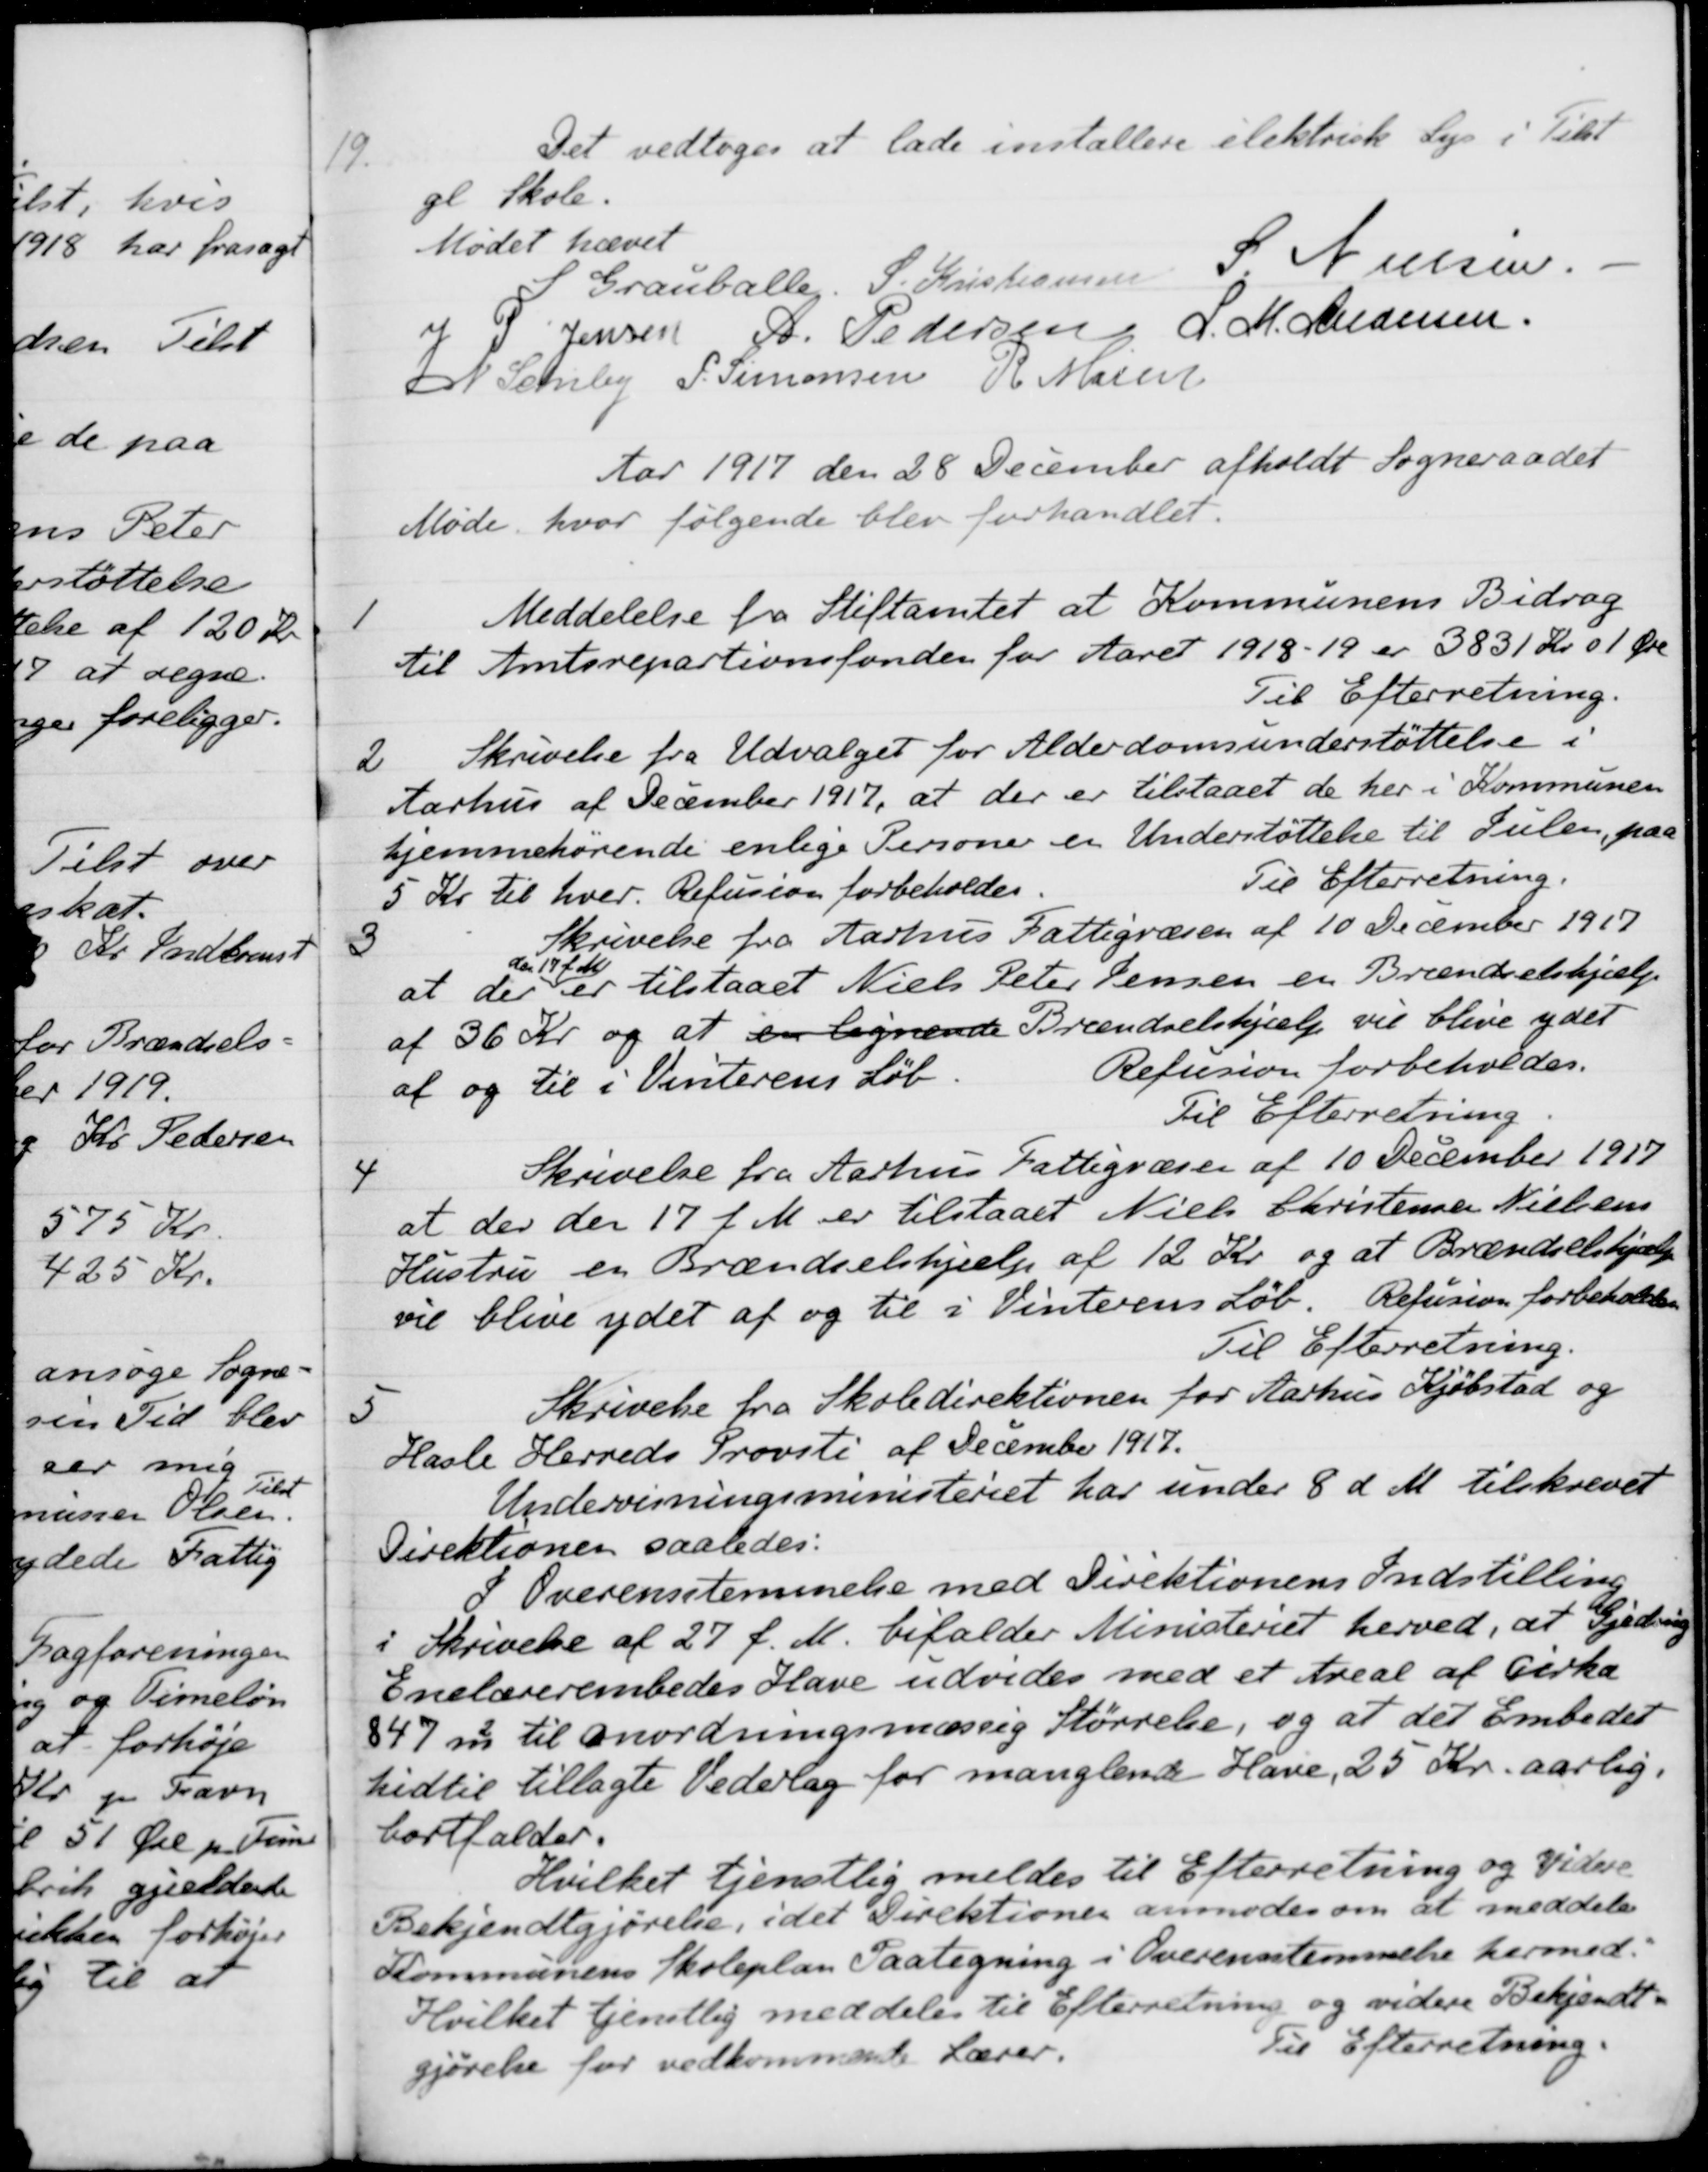
Transskription:
19.
Det vedtoges at lade installere elektrisk Lys i Tilst
gl Skole.
Mødet hævet
S Grauballe
S. Kristiansen
S. Nielsen.
J P. Jensen
A. Pedersen
L. M. Andersen
N Schiby
S. Simonsen
R Møller
Aar 1917 den 28 December afholdt Sogneraadet
Møde, hvor følgende blev forhandlet.
1
Meddelelse fra Stiftamtet at Kommunens Bidrag
til Amtsrepartionsfonden for Aaret 1918-19 er 3831 Kr 01 Øre
Til Efterretning.
2
Skrivelse fra Udvalget for Alderdomsunderstøttelse i
Aarhus af December 1917, at der er tilstaaet de her i Kommunen
hjemmehørende enlige Personer er Understøttelse til Julen, paa
5 Kr til hver. Refusion forbeholdes.
Til Efterretning.
3
Skrivelse fra Aarhus Fattigvæsen af 10 December 1917
at der
den 17 f.M.
er tilstaaet Niels Peter Jensen en Brændselshjælp
af 36 Kr. og at en lignende Brændselshjælp vil blive ydet
af og til i Vinterens Løb.
Refusion forbeholdes.
Til Efterretning.
4
Skrivelse fra Aarhus Fattigvæsen af 10 December 1917
at der den 17 f. M. er tilstaaet Niels Christensen Nielsens
Hustru en Brændselshjælp af 12 Kr. og at Brændselshjælp
vil blive ydet af og til i Vinterens Løb. Refusion forbeholdes
Til Efterretning.
5
Skrivelse fra Skoledirektionen for Aarhus Kjøbstad og
Hasle Herreds Provsti af December 1917.
Undervisningsministeriet har under 8 d. M. tilskrevet
Direktionen saaledes:
Overensstemmelse med Direktionens Indstilling
i Skrivelse af 27 f. M. bifalder Ministeriet herved, at Gjedning
Enelærerembedes Have udvides med et Areal af Cirka
847 m2 til anordningsmæssig Størrelse, og at det Embedet
hidtil tillagte Vederlag for manglende Have, 25 Kr. aarlig.
bortfalder.
Hvilket tjenstlig meldes til Efterretning og videre
Bekjendtgjørelse, idet Direktionen anmodes om at meddele
Kommunens Skoleplan Paategning i Overensstemmelse hermed.
Hvilket tjenstlig meddeles til Efterretning og videre Bekjendt-
gjørelse for vedkommende Lærer.
Til Efterretning.